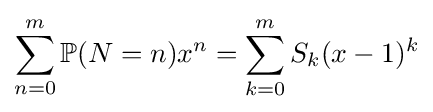
\sum _{n=0}^{m}\mathbb {P} (N=n)x^{n}=\sum _{k=0}^{m}S_{k}(x-1)^{k}